Sketch of the medical history of the native army of Bombay, for the year
Year: 1875
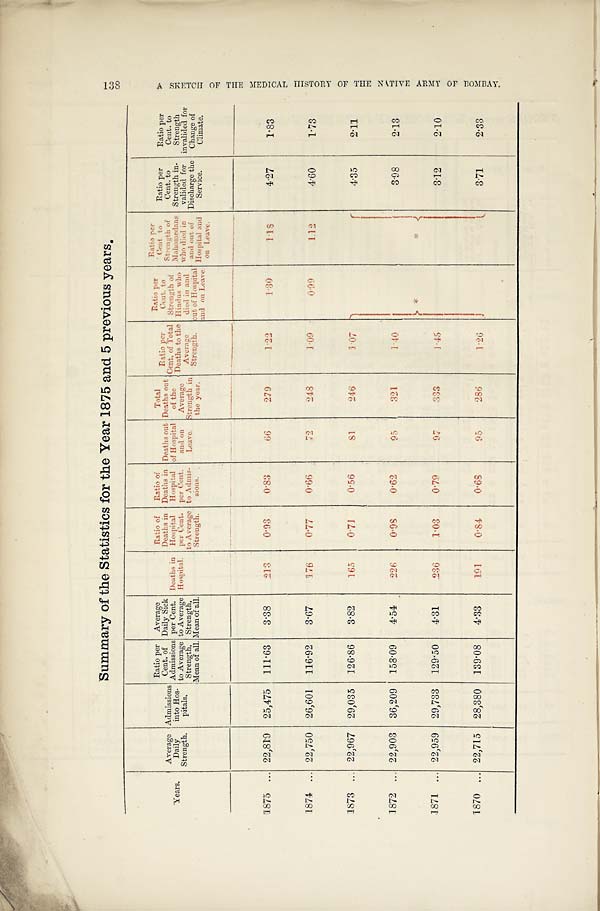
Summary of the Statistics for the Year 1875 and 5 previous years.
y E A R S .
A v e r a g e D a i l y
Strength.
Admissions
into Hos-
pitals.
Ratio per
Cent. of
Admissions
to Average
Strength,
Mean of all.
Average
Daily Sick
per Cent.
to Average
Strength,
Mean of all.
Deaths in
H o s p i t a l .
Ratio of
Deaths in
Hospital
per Cent.
to Average
Strength.
Ratio of
Deaths in
Hospital
per Cent.
to Admis-
sions.
Deaths out
of Hospital
and on
Leave.
Total
Deaths out
of the
Average
strength in
the year.
Ratio
p e r C e n t . o f T o t a l D e a t h s t o t h e A v e r a g e S t r e n g t h .
Ratio per
Cent. to
Strength of H i n d u s w h o d i e d i n a n d o u t o f H o s p i t a l a n d o n L e a v e .
Rat i o per
Cent.
to Strength of
Mahomedans
who died in
and out of
Hospital and
on Leave.
Ratio per
Cent. to
Strength in-
valided for
Discharge the
Service.
Ratio per
Cent. to
Strength
invalided for
Change of
Climate.
1875 ... 22,819 25,475 111.63 3.38
213
0.93
0.83
66
279
1.22
1.30
1.18
4.27
1.83
1874 ... 22,750 26,601 116.92
3.67
1 7 6 0.77
0.66
72
248
1.09
0.99
1. 12
4.60
1.73
1873 ... 22,967 29,035 126.86 3.82
165
0.71
0.56
81.
246
1.07
*
*
4.35
2 . 1 1
1872 ... 22,903 36,209 158.09
4.54
226
0.98
0.62
95
321
140
3.98
2.13
1871 ... 22,959 29,733 129.50
4.31
2 3 6
1.03
0.79
97
3 3 3
1.45
3.12
2.10
1870 ... 22,715 28,380 139.08
4.33
191
0.84
0.68
95
286
1.26
3.71
2.33
1 3 8 A S K E T C H O F T H E M E D I C A L H I S T O R Y O F T H E N A T I V E A R M Y O F B O M B A Y .